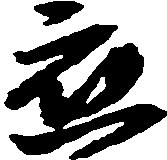
応